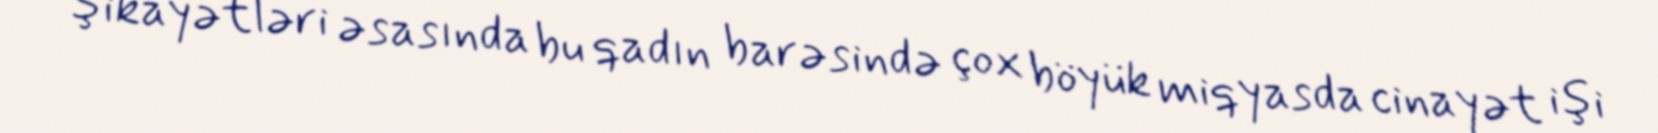
şikayətləri əsasında bu qadın barəsində çox böyük miqyasda cinayət işi